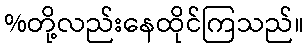
%တို့လည်းနေထိုင်ကြသည်။